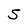
Character: 5